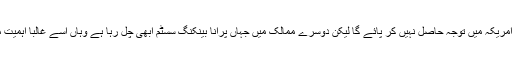
یہ چینی نظام امریکہ میں توجہ حاصل نہیں کر پائے گا لیکن دوسرے ممالک میں جہاں پرانا بینکنگ سسٹم ابھی چل رہا ہے وہاں اسے غالبا اہمیت مل سکتی ہے۔